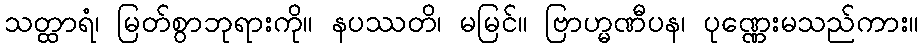
သတ္ထာရံ၊ မြတ်စွာဘုရားကို။ နပဿတိ၊ မမြင်။ ဗြာဟ္မဏီပန၊ ပုဏ္ဏေးမသည်ကား။